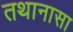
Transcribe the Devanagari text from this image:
तथानासा